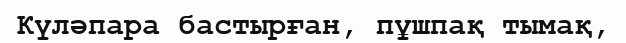
Күләпара бастырған, пұшпақ тымақ,